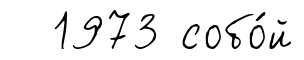
1973 собо́й